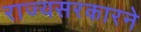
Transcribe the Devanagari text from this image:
राज्यसरकारने